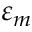
\varepsilon _ { m }